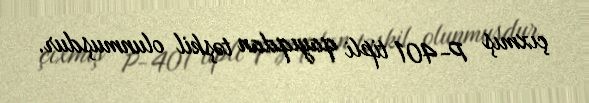
çıxmış P-401 tipli qayıqdan təşkil olunmuşdur.